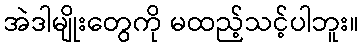
အဲဒါမျိုးတွေကို မထည့်သင့်ပါဘူး။